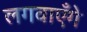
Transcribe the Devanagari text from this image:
लगवाएँगे